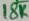
Text: 18K